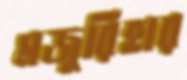
মজুরিহার